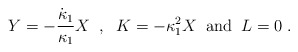
\begin{align*}Y = - \frac{\dot{\kappa}_{1}}{\kappa_{1}} X \;\; , \;\; K = - \kappa_{1}^2 X\;\; \mbox{and} \;\; L=0 \; .\end{align*}